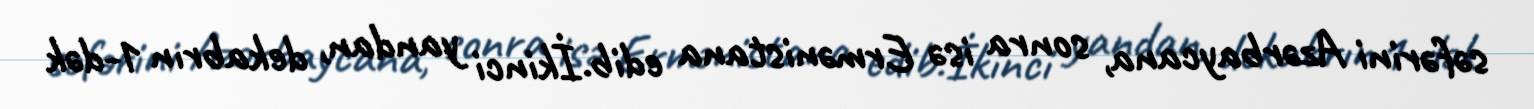
səfərini Azərbaycana, sonra isə Ermənistana edib.İkinci yandan, dekabrın 1-dək